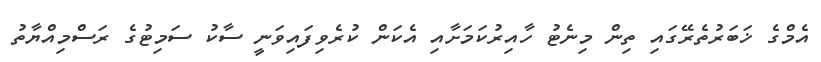
އެމްގެ ޚަބަރުތެރޭގައި ތިން މިނެޓު ހާއިރުކަމަށާއި އެކަން ކުރެވިފައިވަނީ ސާކު ސަމިޓުގެ ރަސްމިއްޔާތު